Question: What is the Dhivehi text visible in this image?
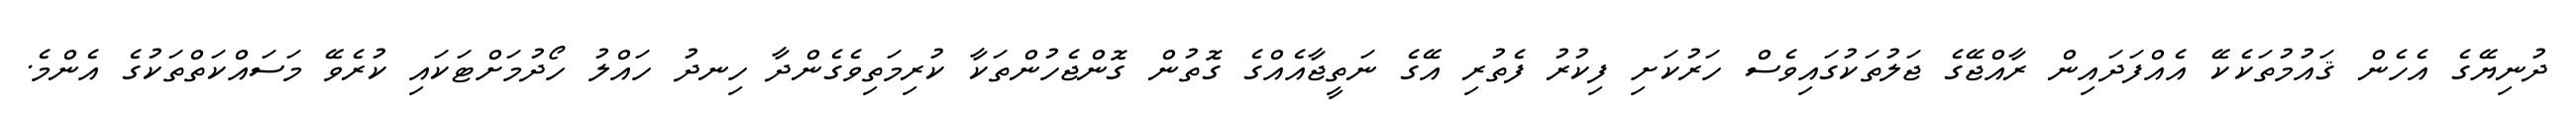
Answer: ދުނިޔޭގެ އެހެން ޤައުމުތަކެކޭ އެއްފަދައިން ރާއްޖޭގެ ޖަލުތަކުގައިވެސް ހަރުކަށި ފިކުރު ފެތުރި އޭގެ ނަތީޖާއެއްގެ ގޮތުން ގޮންޖެހުންތަކާ ކުރިމަތިވެގެންދާ ހިނދު ހައްލު ހޯދުމަށްޓަކައި ކުރެވޭ މަސައްކަތްތަކުގެ އެންމެ.